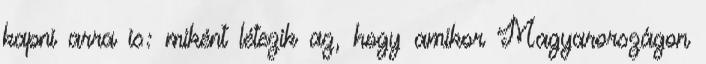
kapni arra is: miként létezik az, hogy amikor Magyarországon